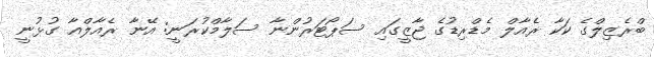
ބްރެޒިލްގެ ކަކާ ރެއާލް މެޑްރިޑުގެ ޖާޒީގައި ސަޕޯޓަރުންނާ ސަލާމްކުރަނީ: އޭނާ ރެއާލްއާ ގުޅުނީ